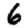
Digit: 6